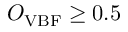
O _ { \mathrm { V B F } } \geq 0 . 5